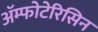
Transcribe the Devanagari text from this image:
ॲम्फोटेरिसिन